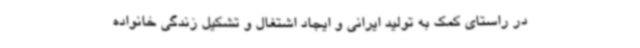
در راستای کمک به تولید ایرانی و ایجاد اشتغال و تشکیل زندگی خانواده